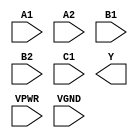
module sky130_fd_sc_hs__a221oi (
    //# {{data|Data Signals}}
    input  A1  ,
    input  A2  ,
    input  B1  ,
    input  B2  ,
    input  C1  ,
    output Y   ,

    //# {{power|Power}}
    input  VPWR,
    input  VGND
);
endmodule